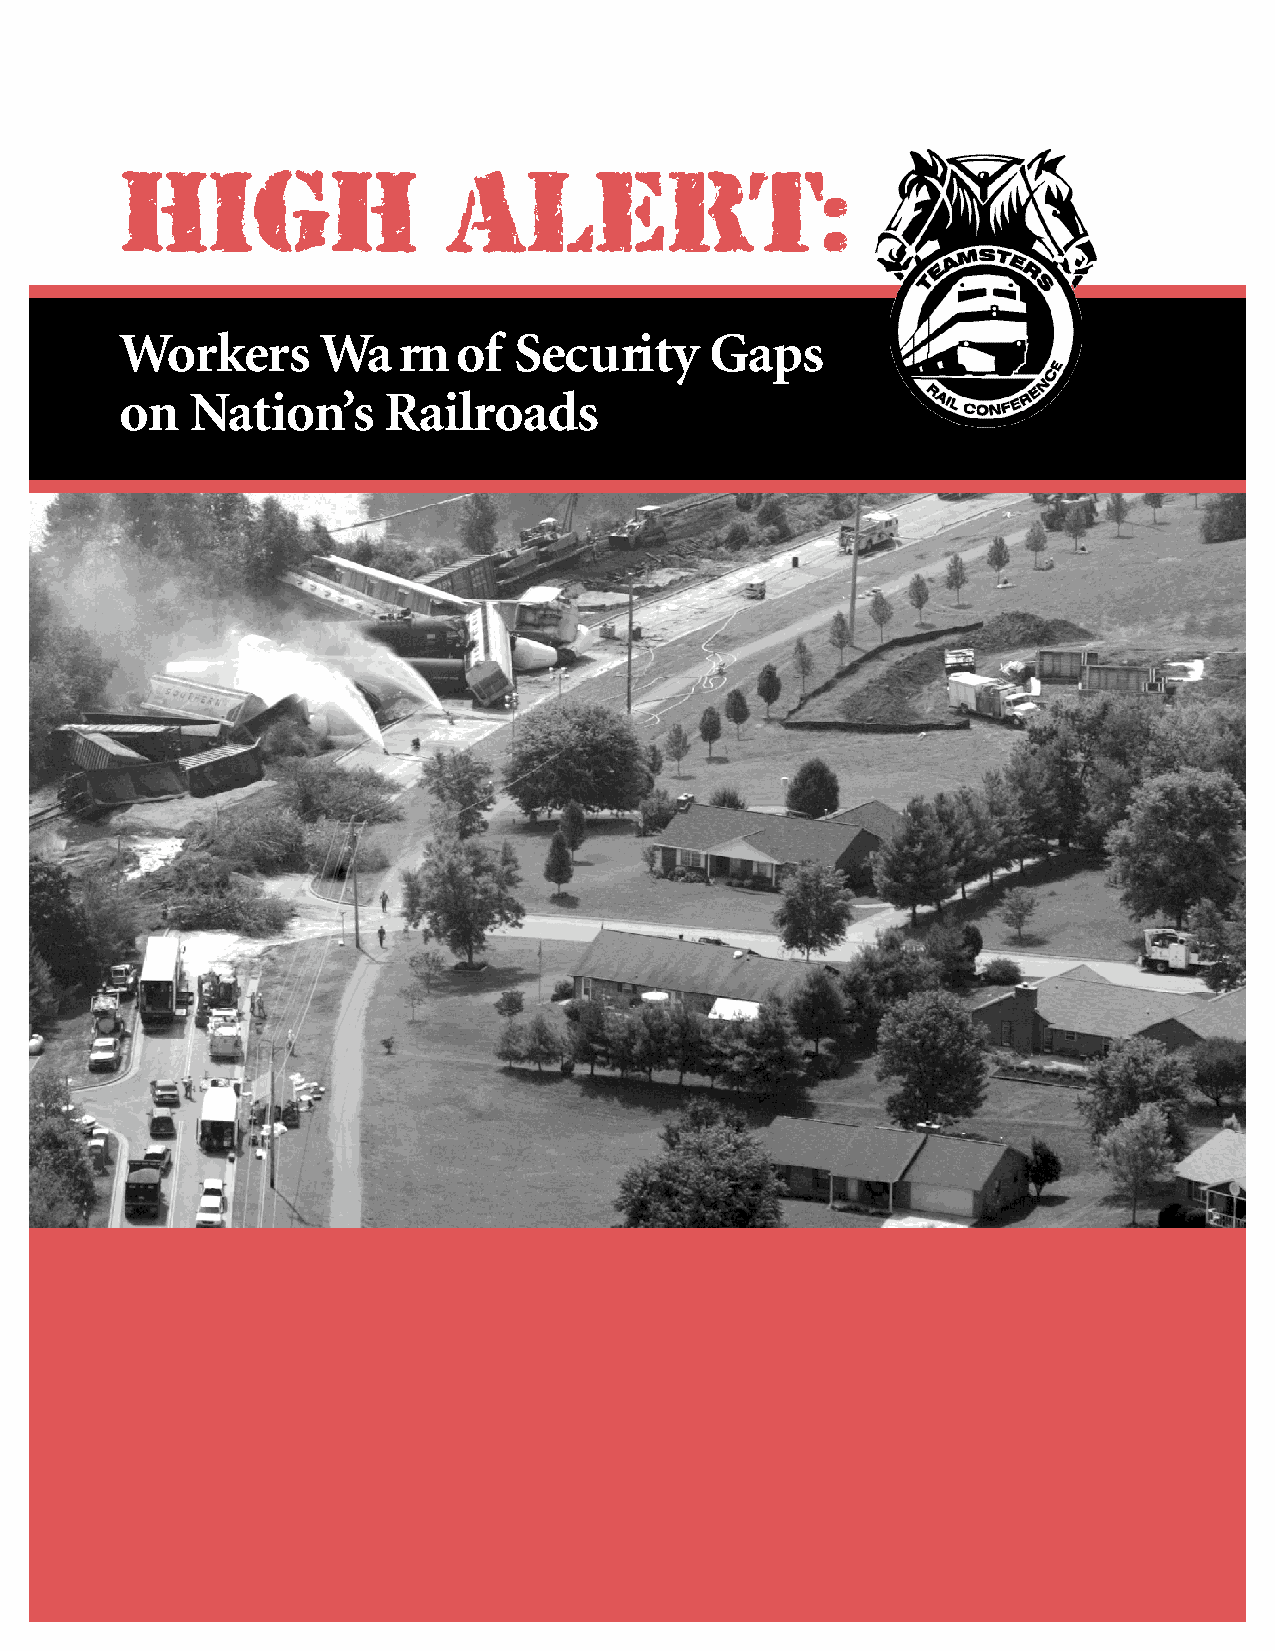
HIGH                  ALERT:
 Workers      Wa   rn  of  Sec  u ri ty Gaps
 on   Na  ti on’s Ra  i l roa d s